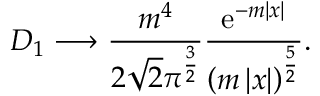
{ \cal D } _ { 1 } \longrightarrow \frac { m ^ { 4 } } { 2 \sqrt { 2 } \pi ^ { \frac 3 2 } } \frac { \mathrm { e } ^ { - m \left| x \right| } } { \left( m \left| x \right| \right) ^ { \frac 5 2 } } .